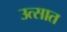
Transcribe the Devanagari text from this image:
उत्सात